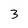
Character: 3